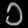
Digit: ၁